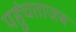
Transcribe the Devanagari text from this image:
पहुंचताजब